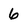
Character: 6